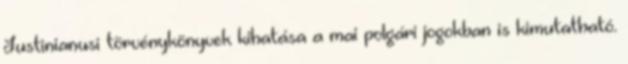
Justinianusi törvénykönyvek kihatása a mai polgári jogokban is kimutatható.